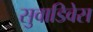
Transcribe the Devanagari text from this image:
सुवाडिवेस